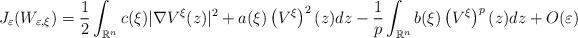
LaTeX: \begin{align*}{J_{\varepsilon}(W_{\varepsilon,\xi})=\frac{1}{2}\int_{\mathbb{R}^{n}}c(\xi)|\nabla V^{\xi}(z)|^{2}+a(\xi)\left( V^{\xi}\right) ^{2}(z)dz-\frac{1}{p}\int_{\mathbb{R}^{n}}b(\xi)\left( V^{\xi}\right) ^{p}(z)dz+O(\varepsilon)}\end{align*}